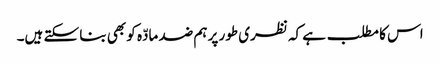
اس کا مطلب ہے کہ نظری طور پر ہم ضد مادّہ کو بھی بنا سکتے ہیں۔